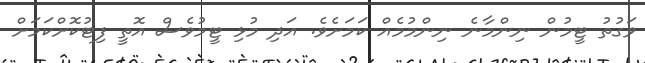
ވަގުތު ޓީމުން ނިންމާނެ ނިންމުމެއް ކަމަށެވެ. އަދި މުޅި ޓީމުވެސް އޮތީ ފިޓުކޮށްކަމަށް